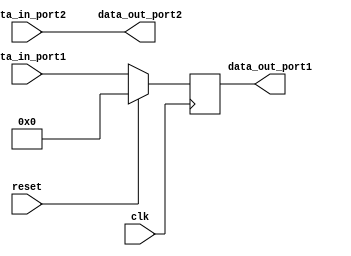
module dual_port_register (
  input wire clk,
  input wire reset,
  input wire [7:0] data_in_port1,
  input wire [7:0] data_in_port2,
  output reg [7:0] data_out_port1,
  output reg [7:0] data_out_port2
);

reg [7:0] storage_element;

always @(posedge clk) begin
  if (reset) begin
    storage_element <= 8'h00;
  end else begin
    storage_element <= data_in_port1;
  end
end

assign data_out_port1 = storage_element;
assign data_out_port2 = data_in_port2;

endmodule